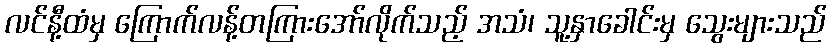
လင်နီ့ထံမှ ကြောက်လန့်တကြားအော်လိုက်သည့် အသံ၊ သူ့နှာခေါင်းမှ သွေးများသည်